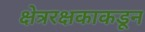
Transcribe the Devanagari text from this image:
क्षेत्ररक्षकाकडून